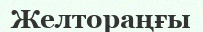
Желтораңғы